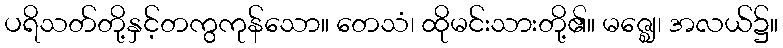
ပရိသတ်တို့နှင့်တကွကုန်သော။ တေသံ၊ ထိုမင်းသားတို့၏။ မဇ္ဈေ၊ အလယ်၌။